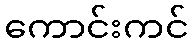
ကောင်းကင်